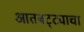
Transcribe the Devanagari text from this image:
आतबट्ट्याचा